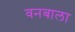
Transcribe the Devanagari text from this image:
वनबाला